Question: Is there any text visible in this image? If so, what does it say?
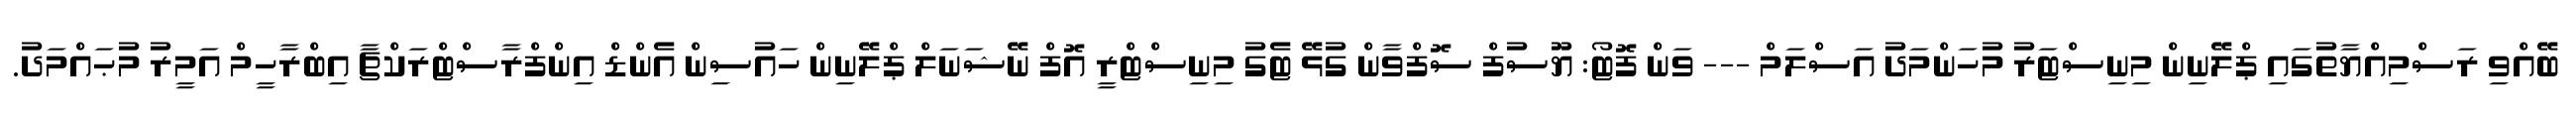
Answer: ބޭއްވި ރަސްމިއްޔާތުގައި ޕްލޭނިން މިނިސްޓަރު މުހަންމަދު އަސްލަމް --- ވަން ފޮޓޯ: ޔޫސުފް ސޮފްވާން ގުޅޭ ޓެގު މިނިސްޓްރީ އޮފް ނޭޝަނަލް ޕްލޭނިން ހައުސިން އެންޑް އިންފްރާސްޓްރަކްޗާ އިބްރާހީމް އަމީރު މުޙައްމަދު.